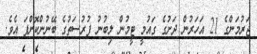
ޖަރުމަންގެ 21 އަހަރުން ދަށުގެ ގައުމީ ޓީމުން ލިބުނު ފުރުސަތުގެ ބޭނުންކޮށްފަ އެވެ.